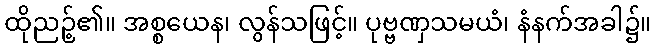
ထိုညဉ့်၏။ အစ္စယေန၊ လွန်သဖြင့်။ ပုဗ္ဗဏှသမယံ၊ နံနက်အခါ၌။